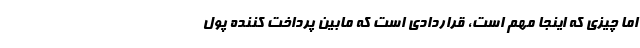
اما چیزی که اینجا مهم است، قراردادی است که مابین پرداخت کننده پول